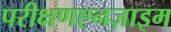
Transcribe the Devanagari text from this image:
परीक्षणएनज़ाइम